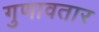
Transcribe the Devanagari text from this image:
गुणावतार